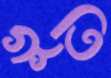
ভূতি